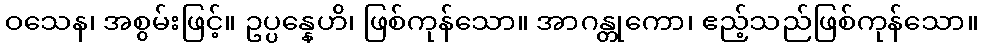
ဝသေန၊ အစွမ်းဖြင့်။ ဥပ္ပန္နေဟိ၊ ဖြစ်ကုန်သော။ အာဂန္တုကော၊ ဧည့်သည်ဖြစ်ကုန်သော။